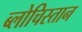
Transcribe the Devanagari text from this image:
ब्लोचिस्तान